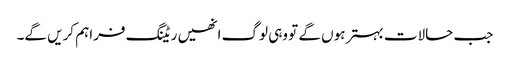
جب حالات بہتر ہوں گے تو وہی لوگ انھیں ریٹنگ فراہم کریں گے۔